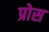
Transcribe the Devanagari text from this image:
प्रोस